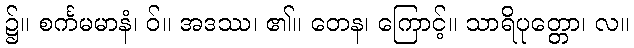
၌။ စင်္ကမမာနံ၊ ဝ်။ အဒဿ၊ ၏။ တေန၊ ကြောင့်။ သာရိပုတ္တော၊ လ။